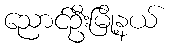
ညောင်ဦးမြို့နယ်